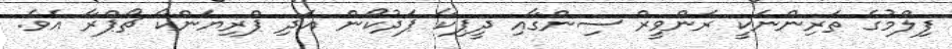
ފިލްމުގެ ތަރިންނަކީ ރަންވީރް ސިންގާއި ދީޕިކާ ޕަދުކޯން އަދި ޕްރިޔަންކާ ޗޯޕްރާ އެވެ.